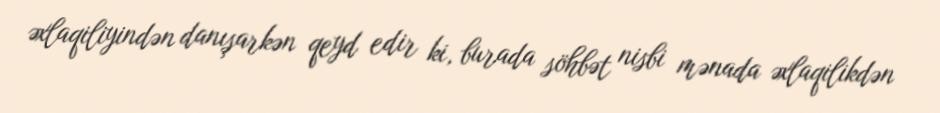
əxlaqiliyindən danışarkən qeyd edir ki, burada söhbət nisbi mənada əxlaqilikdən